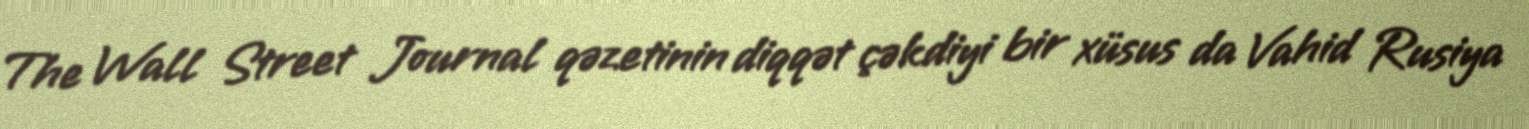
The Wall Street Journal qəzetinin diqqət çəkdiyi bir xüsus da Vahid Rusiya